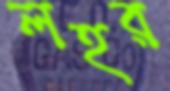
লহর